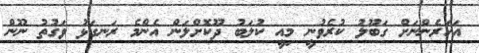
އަހަރެންނަށް ގަބޫލު ކުރެވުނީ މިއީ ކުލަބު ދޫކޮށްލަން އެންމެ ރަނގަޅު ވަގުތު ނޫން